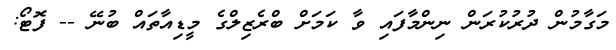
މަގާމުން ދުރުކުރަން ނިންމާފައި ވާ ކަމަށް ބްރެޒިލްގެ މީޑިއާތައް ބުނޭ -- ފޮޓޯ: